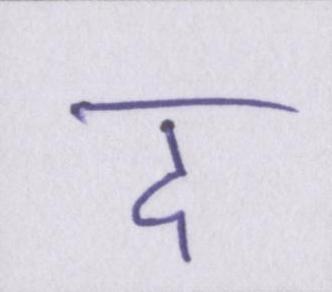
द